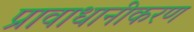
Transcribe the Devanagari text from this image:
प्रावाधानीकरण